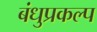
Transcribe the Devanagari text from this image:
बंधुप्रकल्प